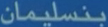
بنسليمان